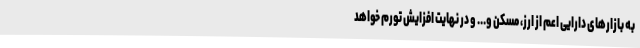
به بازارهای دارایی اعم از ارز، مسکن و... و در نهایت افزایش تورم خواهد